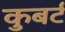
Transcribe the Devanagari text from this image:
कुबर्ट